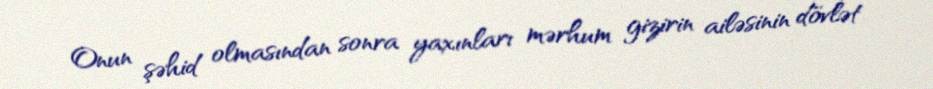
Onun şəhid olmasından sonra yaxınları mərhum gizirin ailəsinin dövlət